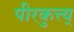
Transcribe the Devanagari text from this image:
पीरकुत्त्य्